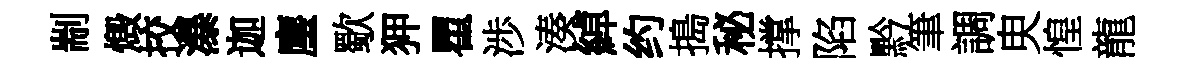
剬燬挍瀑迦麈歜狎瞿渉湊綽约搗秘撑陷黔筆調㬰惶龍